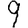
Digit: 9